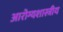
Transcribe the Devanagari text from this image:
आरोग्यशास्त्रीय